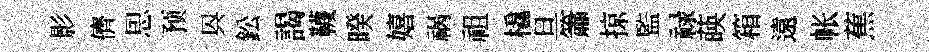
影儕㤙预㒷鈆謁韈暌嬉祸祖橇旦簫掠監禄𦴤箱遠帐蕉